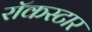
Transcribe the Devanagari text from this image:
रॉकस्‍टार